Annual report on the working of the lock hospitals in the North-Western Provinces and Oudh
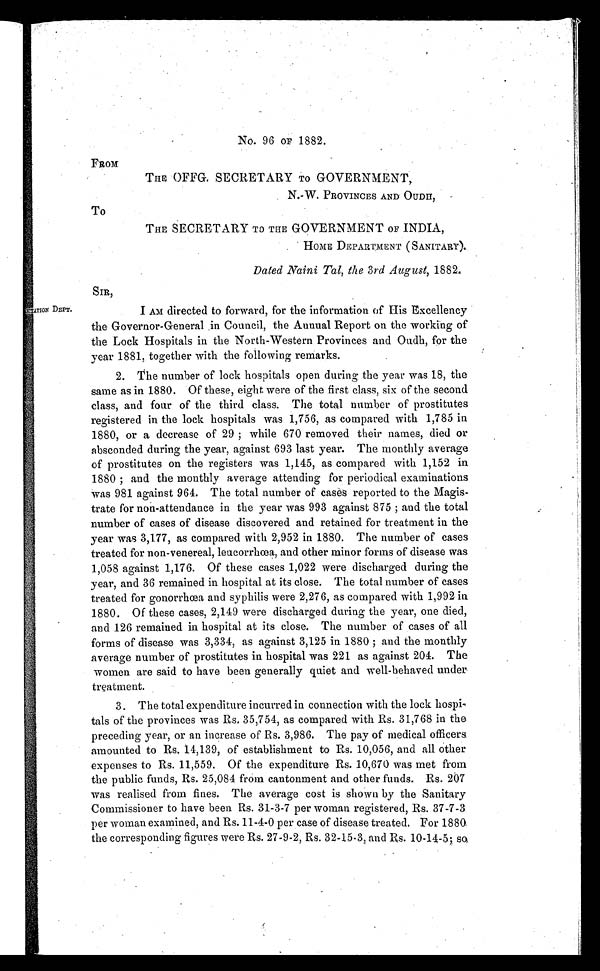
No. 96 OF 1882.
FROM
THE OFFG. SECRETARY TO GOVERNMENT,
N.-W. PROVINCES AND OUDII,
THE SECRETARY TO THE GOVERNMENT OF INDIA,
HOME DEPARTMENT (SANITARY).
Dated Naini Tal, the 3 rd August, 1882.
To
SIR,
SITATION DEPT.
I AM directed to forward, for the information of His Excellency
the Governor-General in Council, the Annual Report on the working of
the Lock Hospitals in the North-Western Provinces and Ondh, for the
year 1881, together with the following remarks.
2. The number of lock hospitals open during the year was 18, the
same as in 1880. Of these, eight were of the first class, six of the second
class, and four of the third class. The total number of prostitutes
registered in the lock hospitals was 1,756, as compared with 1,785 in
1880, or a decrease of 29 ; while 670 removed their names, died or
absconded during the year, against 693 last year. The monthly average
of prostitutes on the registers was 1,145, as compared with 1,152 in
1880 ; and the monthly average attending for periodical examinations
was 981 against 964. The total number of cases reported to the Magis-
trate for non-attendance in the year was 993 against 875 ; and the total
number of cases of disease discovered and retained for treatment in the
year was 3,1.77, as compared with 2,952 in 1880. The number of cases
treated for non-venereal, leucorrhœa, and other minor forms of disease was
1,058 against 1,176. Of these cases 1,022 were discharged during the
year, and 36 remained in hospital at its close. The total number of cases
treated for gonorrhœa and syphilis were 2,276, as compared with 1,992 in
1880. Of these cases, 2,149 were discharged during the year, one died,
and 126 remained in hospital at its close. The number of cases of all
forms of disease was 3,334, as against 3,125 in 1880 ; and the monthly
average number of prostitutes in hospital was 221 as against 204. The
women are said to have been generally quiet and well-behaved under
treatment.
3. The total expenditure incurred in connection with the lock hospi
tals of the provinces was Rs. 35,754, as compared with Rs. 31,768 in the
preceding year, or an increase of Rs. 3,986. The pay of medical officers
amounted to Rs. 14,139, of establishment to Rs. 10,056, and all other
expenses to Rs. 11,559. Of the expenditure Rs. 10,670 was met from
the public funds, Rs. 25,084 from cantonment and other funds. Rs. 207
was realised from fines. The average cost is shown by the Sanitary
Commissioner to have been Rs. 31-3-7 per woman registered, Rs. 37-7-3
per woman examined, and Rs. 11-4-0 per case of disease treated. For 1880
the corresponding figures were Rs. 27-9-2, Rs. 32-15-3, and Rs. 10-14-5; So